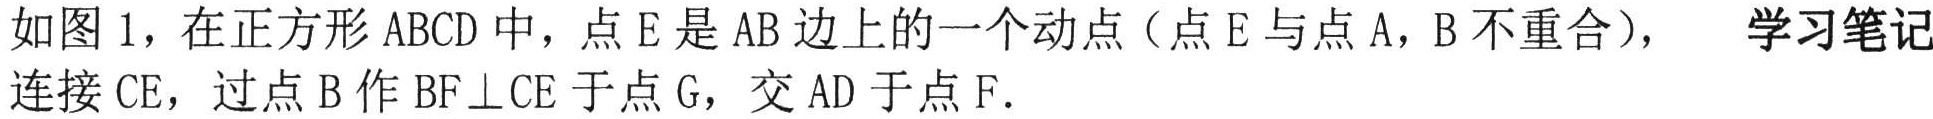
如图 1，在正方形 \(ABCD\) 中，点 \(E\) 是 \(AB\) 边上的一个动点（点 \(E\) 与点 \(A\)，\(B\) 不重合），  学习笔记
连接 \(CE\)，过点 \(B\) 作 \(BF\perp CE\) 于点 \(G\)，交 \(AD\) 于点 \(F\).